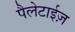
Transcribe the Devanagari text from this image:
पैलेटाईज़